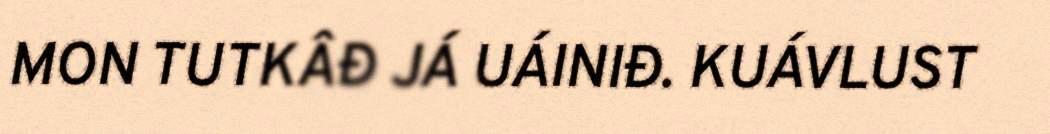
MON TUTKÂĐ JÁ UÁINIĐ. KUÁVLUST